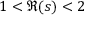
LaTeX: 1 < \Re ( s ) < 2